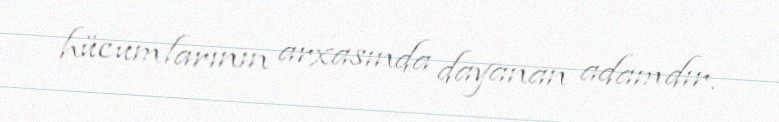
hücumlarının arxasında dayanan adamdır.